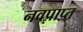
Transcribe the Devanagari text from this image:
नवप्राप्त